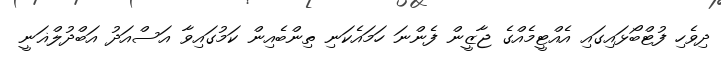
ދިވެހި ފުޓްބޯޅައިގައި އެއްޓީމެއްގެ ޖާޒީން ފެންނަ ހަމައެކަނި ތިންބެއިން ކަމުގައިވާ އަސްއަދު އަބްދުލްޣަނީ